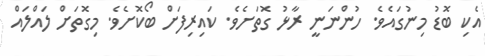
އެކި ބޮޑު މިނުގައެވެ. ހުންނަނީ ރާޅު ގޮތަށެވެ. ކައިރިފަށް ބޯކޮށެވެ. މިގޮތަށް ލައްލައް